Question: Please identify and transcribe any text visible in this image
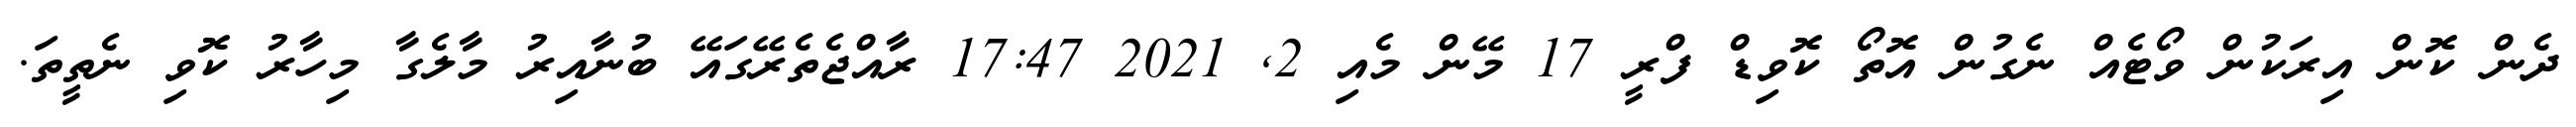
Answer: ދެން ކޮން އިރަކުން ވޯޓެއް ނެގުން އޮތޯ ކޮވިޑް ފްރީ 17 މޭން މެއި 2, 2021 17:47 ރާއްޖެތެރޭގައޭ ބުނާއިރު މާލެގާ މިހާރު ކޮވި ނެތީތަ.